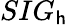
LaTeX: SIG_{\mathsf{h}}